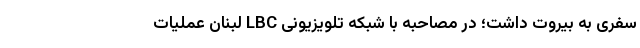
سفری به بیروت داشت؛ در مصاحبه با شبکه تلویزیونی LBC لبنان عملیات